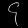
Digit: ၄